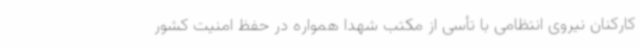
کارکنان نیروی انتظامی با تأسی از مکتب شهدا همواره در حفظ امنیت کشور